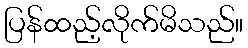
ပြန်ထည့်လိုက်မိသည်။